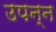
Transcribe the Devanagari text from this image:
उपन्न